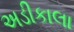
અડીકાલા